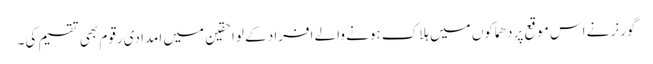
گورنر نے اس موقع پر دھماکوں میں ہلاک ہونے والے افراد کے لواحقین میں امدادی رقوم بھی تقسیم کی۔